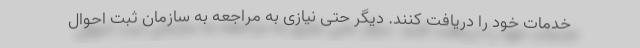
خدمات خود را دریافت کنند. دیگر حتی نیازی به مراجعه به سازمان ثبت احوال